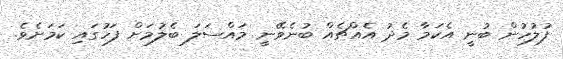
ފުލުހުން ބުނީ އެކަމާ މެދު އެއްޗެއް ބުނެވޭނީ މައްސަލަ ބެލުމަށް ފަހުގައި ކަމަށެވެ.